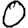
Digit: 0